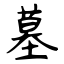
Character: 墓